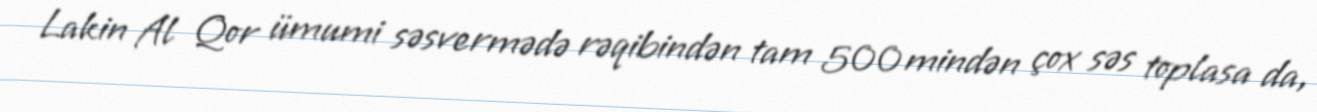
Lakin Al Qor ümumi səsvermədə rəqibindən tam 500 mindən çox səs toplasa da,